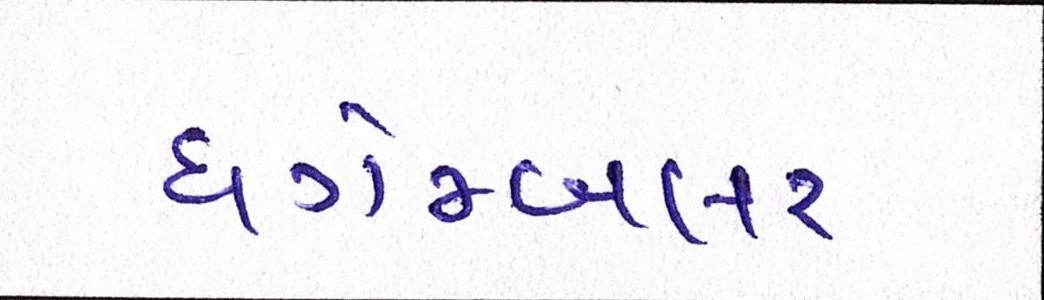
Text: ધગેમ્બલર